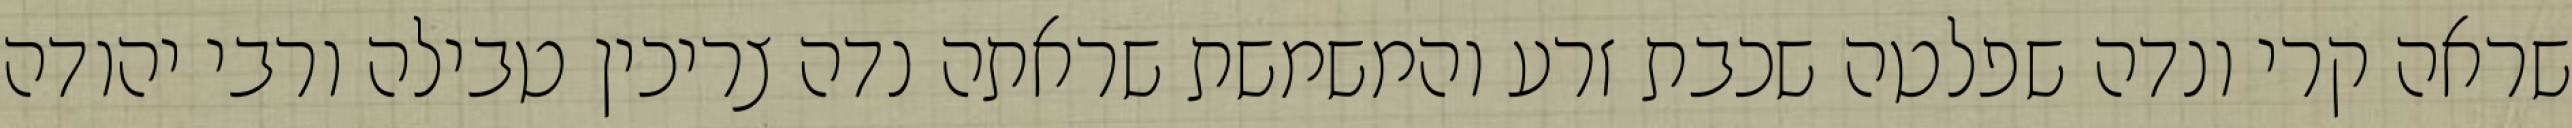
שראה קרי ונדה שפלטה שכבת זרע והמשמשת שראתה נדה צריכין טבילה ורבי יהודה